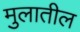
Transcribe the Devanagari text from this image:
मुलातील